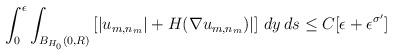
LaTeX: \begin{align*} \int_0^\epsilon\int_{B_{H_0}(0,R)}\left[|u_{m,n_m}|+H(\nabla u_{m,n_m})|\right]\,dy\,ds\le C[\epsilon+\epsilon^{\sigma'}]\end{align*}